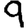
Digit: 9